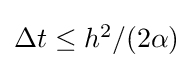
{\textstyle \Delta t\leq h^{2}/(2\alpha )}